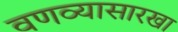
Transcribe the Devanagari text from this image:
वणव्यासारखा